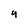
Character: 9